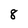
Character: 8